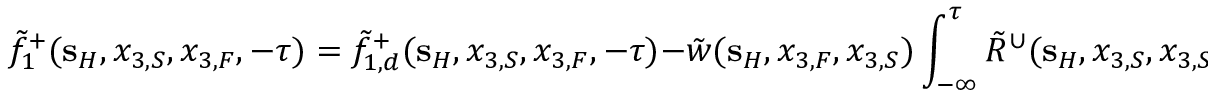
\tilde { f } _ { 1 } ^ { + } ( { \bf s } _ { H } , x _ { 3 , S } , x _ { 3 , F } , - \tau ) = \tilde { f } _ { 1 , d } ^ { + } ( { \bf s } _ { H } , x _ { 3 , S } , x _ { 3 , F } , - \tau ) - \tilde { w } ( { \bf s } _ { H } , x _ { 3 , F } , x _ { 3 , S } ) \int _ { - \infty } ^ { \tau } \tilde { R } ^ { \cup } ( { \bf s } _ { H } , x _ { 3 , S } , x _ { 3 , S } , \tau - \tau ^ { \prime } ) \tilde { f } _ { 1 } ^ { + } ( { \bf s } _ { H } , x _ { 3 , S } , x _ { 3 , F } , \tau ^ { \prime } ) \mathrm { d } \tau ^ { \prime } ,